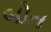
બોત